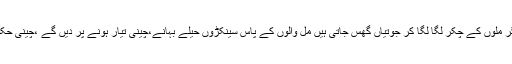
کئی کئی سال شوگر ملوں کے چکر لگا لگا کر جوتیاں گھس جاتی ہیں مل والوں کے پاس سینکڑوں حیلے بہانے،چینی تیار ہونے پر دیں گے ،چینی حکومت لے گئی ہے۔